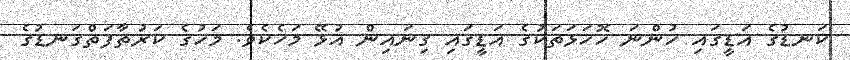
ކަނޑުގެ އަޑީގައި ހުންނަ ހޮހަޅަތަކުގެ އަޑީގައި ގިނައިން އުޅޭ މަހެކެވެ. މަހުގެ ކަރުތާފަތްގަނޑުގެ